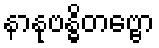
နာနုဗန္ဓိတဗ္ဗော